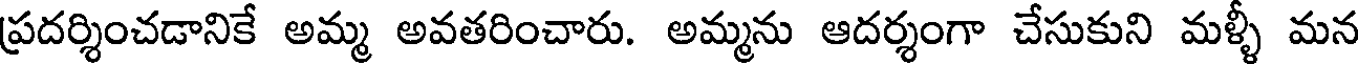
ప్రదర్శించడానికే అమ్మ అవతరించారు. అమ్మను ఆదర్శంగా చేసుకుని మళ్ళీ మన